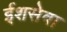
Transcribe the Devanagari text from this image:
ईशसेवा